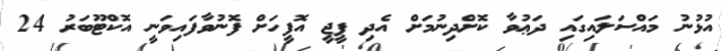
އުޅުނު މައްސަލައިގައި ދަޢުވާ ކޮށްދިނުމަށް އެދި ޕީޖީ އޮފީހަށް ފޮނުވާފައިވަނީ އޮކްޓޫބަރު 24